Annual administration report of the Civil Veterinary Department, Ajmere-Merwara, British Rajputana - 1914-1940
Year: 1914
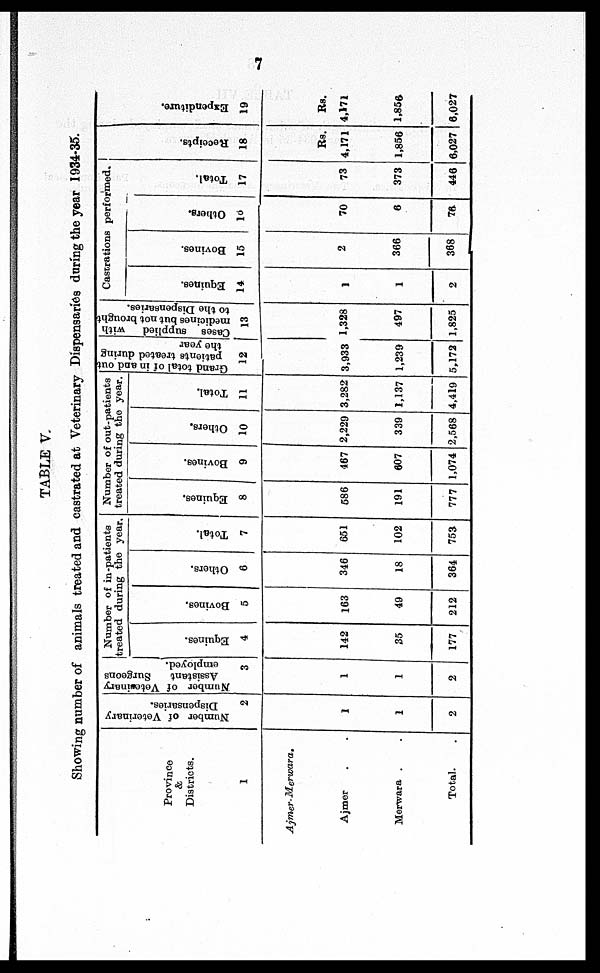
7
TABLE V.
Showing number of animals treated and castrated at Veterinary Dispensaries during the year 1934-35.
Province
&
Districts.
1
Ajmer-Merwara.
Ajmer . .
Merwara . .
Total.
Number of Veterinary
Dispensaries.
2
1
1
2
Number
of Veterinary
Assistant
Surgeons
employed.
3
1
1
2
Number of in-patients
treated during the year.
Equines.
4
142
35
177
Bovines.
5
163
49
212
Others.
6
346
18
364
Total.
7
651
102
753
Number of out-patients
treated during the year.
Equines.
8
586
191
777
Bovines.
9
467
607
1,074
Others.
10
2,229
339
2,568
Total.
11
3,282
1,137
4,419
Grand
total of in and out
patients treated during
the year
12
3,933
1,239
5,172
Cases supplied with
medicines but not brought
to the Dispensaries.
13
1,328
497
1,825
Castrations performed.
Equines.
14
1
1
2
Bovines.
15
2
366
368
Others.
16
70
6
76
Total.
17
73
373
446
Receipts.
18
Rs.
4,171
1,856
6,027
Expenditure.
19
Rs.
4,171
1,856
6,027